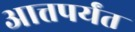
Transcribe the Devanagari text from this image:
आत्तपर्यंत